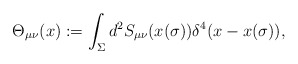
\begin{align*}\Theta_{\mu\nu}(x) := \int_{\Sigma} d^2S_{\mu\nu}(x(\sigma)) \delta^4(x-x(\sigma)) ,\end{align*}